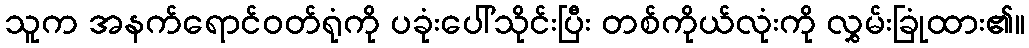
သူက အနက်ရောင်ဝတ်ရုံကို ပခုံးပေါ်သိုင်းပြီး တစ်ကိုယ်လုံးကို လွှမ်းခြုံထား၏။